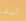
آسف